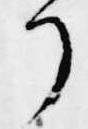
了